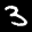
Label: 3